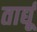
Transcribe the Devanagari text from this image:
तार्द्यू